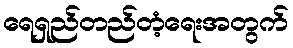
ရေရှည်တည်တံ့ရေးအတွက်